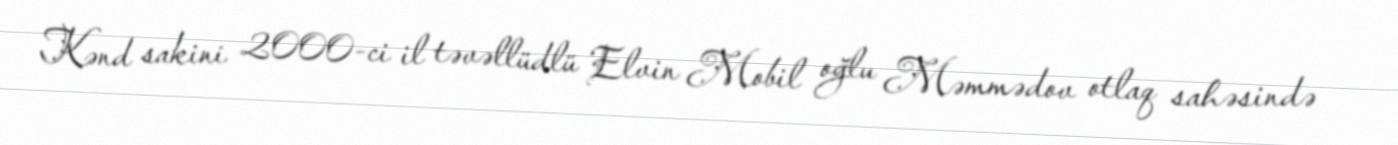
Kənd sakini 2000-ci il təvəllüdlü Elvin Mobil oğlu Məmmədov otlaq sahəsində